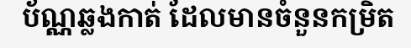
ប័ណ្ណឆ្លងកាត់ ដែលមានចំនួនកម្រិត